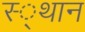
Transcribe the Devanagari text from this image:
स्‍्थान